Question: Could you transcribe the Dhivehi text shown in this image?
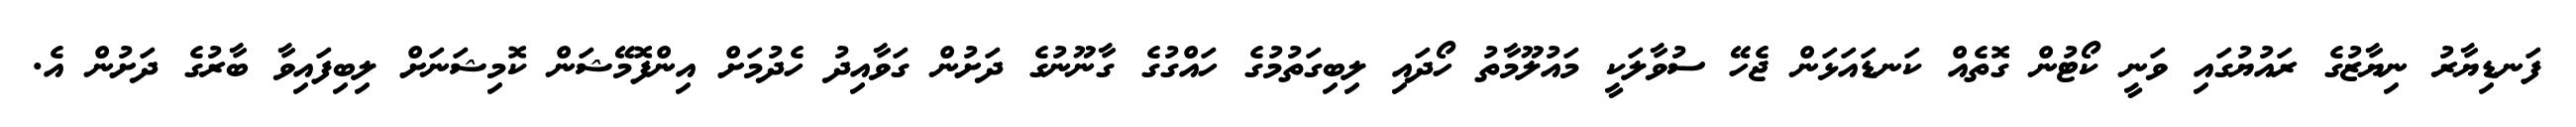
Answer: ފަނޑިޔާރު ނިޔާޒުގެ ރައުޔުގައި ވަނީ ކޯޓުން ގޮތެއް ކަނޑައަޅަން ޖެހޭ ސުވާލަކީ މައުލޫމާތު ހޯދައި ލިބިގަތުމުގެ ހައްގުގެ ގާނޫނުގެ ދަށުން ގަވާއިދު ހެދުމަށް އިންފޮމޭޝަން ކޮމިޝަނަށް ލިބިފައިވާ ބާރުގެ ދަށުން އެ.